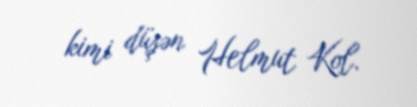
kimi düşən Helmut Kol.